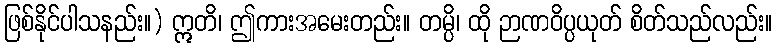
ဖြစ်နိုင်ပါသနည်း။) ဣတိ၊ ဤကားအမေးတည်း။ တမ္ပိ၊ ထို ဉာဏဝိပ္ပယုတ် စိတ်သည်လည်း။